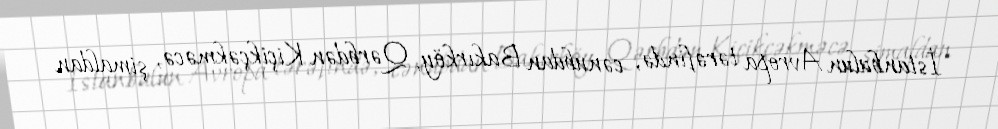
İstanbulun Avropa tərəfində, cənubdan Bakırköy, Qərbdən Kiçikçəkməcə, şimaldan